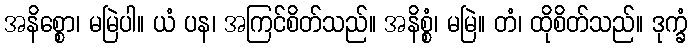
အနိစ္စော၊ မမြဲပါ။ ယံ ပန၊ အကြင်စိတ်သည်။ အနိစ္စံ၊ မမြဲ။ တံ၊ ထိုစိတ်သည်။ ဒုက္ခံ